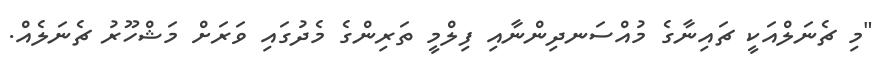
"މި ޗެނަލްއަކީ ޗައިނާގެ މުއްސަނދިންނާއި ފިލްމީ ތަރިންގެ މެދުގައި ވަރަށް މަޝްހޫރު ޗެނަލެއް.